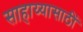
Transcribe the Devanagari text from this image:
साहाय्यासाठीं